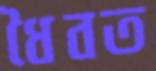
ধৈবত